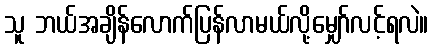
သူ ဘယ်အချိန်လောက်ပြန်လာမယ်လို့မျှော်လင့်ရလဲ။